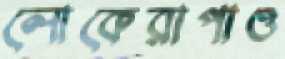
লোকেরাপাও